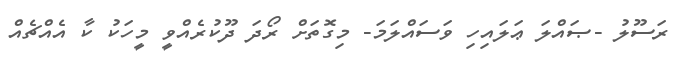
ރަސޫލު -ޞައްލަ ޢަލައިހި ވަސައްލަމަ- މިގޮތަށް ރޯދަ ދޫކުރެއްވީ މީހަކު ކާ އެއްޗެއް